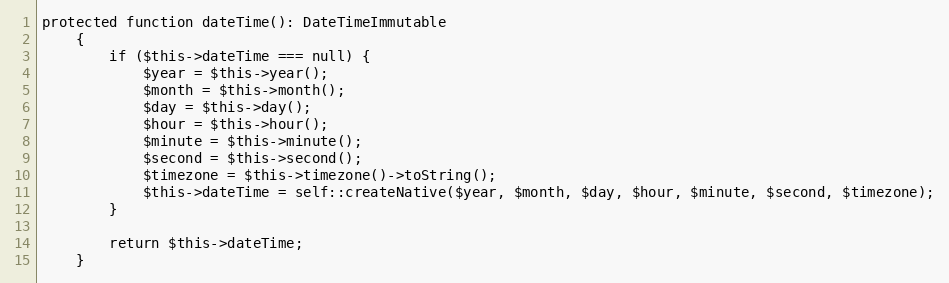
Language: PHP
protected function dateTime(): DateTimeImmutable
    {
        if ($this->dateTime === null) {
            $year = $this->year();
            $month = $this->month();
            $day = $this->day();
            $hour = $this->hour();
            $minute = $this->minute();
            $second = $this->second();
            $timezone = $this->timezone()->toString();
            $this->dateTime = self::createNative($year, $month, $day, $hour, $minute, $second, $timezone);
        }

        return $this->dateTime;
    }